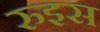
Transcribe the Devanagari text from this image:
रुइस